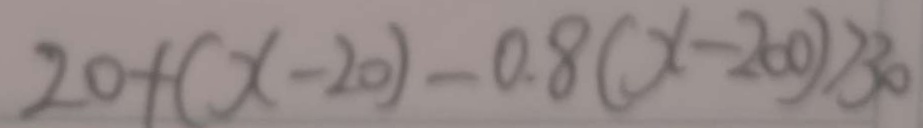
2 0 + ( x - 2 0 ) - 0 . 8 ( x - 2 0 0 ) > 3 0